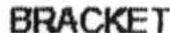
BRACKET